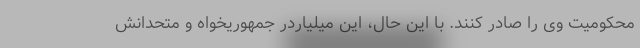
محکومیت وی را صادر کنند. با این حال، این میلیاردر جمهوریخواه و متحدانش